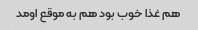
هم غذا خوب بود هم به موقع اومد